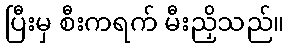
ပြီးမှ စီးကရက် မီးညှိသည်။